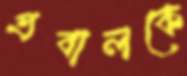
প্রবালকে